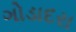
ગોડાદરા